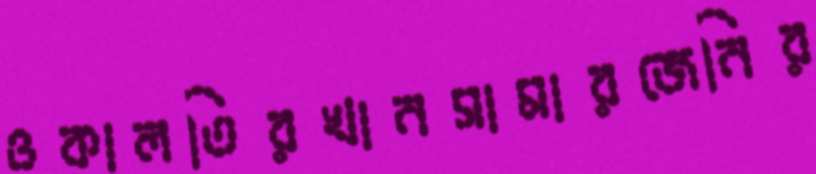
ওকালতিরখানসামারজেনির